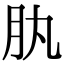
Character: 肒